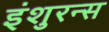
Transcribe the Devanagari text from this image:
इंशुरन्स